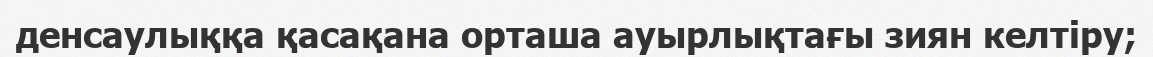
денсаулыққа қасақана орташа ауырлықтағы зиян келтіру;